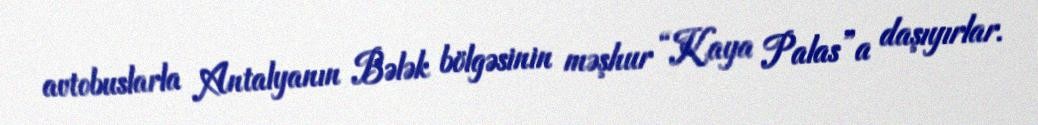
avtobuslarla Antalyanın Bələk bölgəsinin məşhur “Kaya Palas”a daşıyırlar.